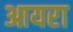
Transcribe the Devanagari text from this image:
आयरा